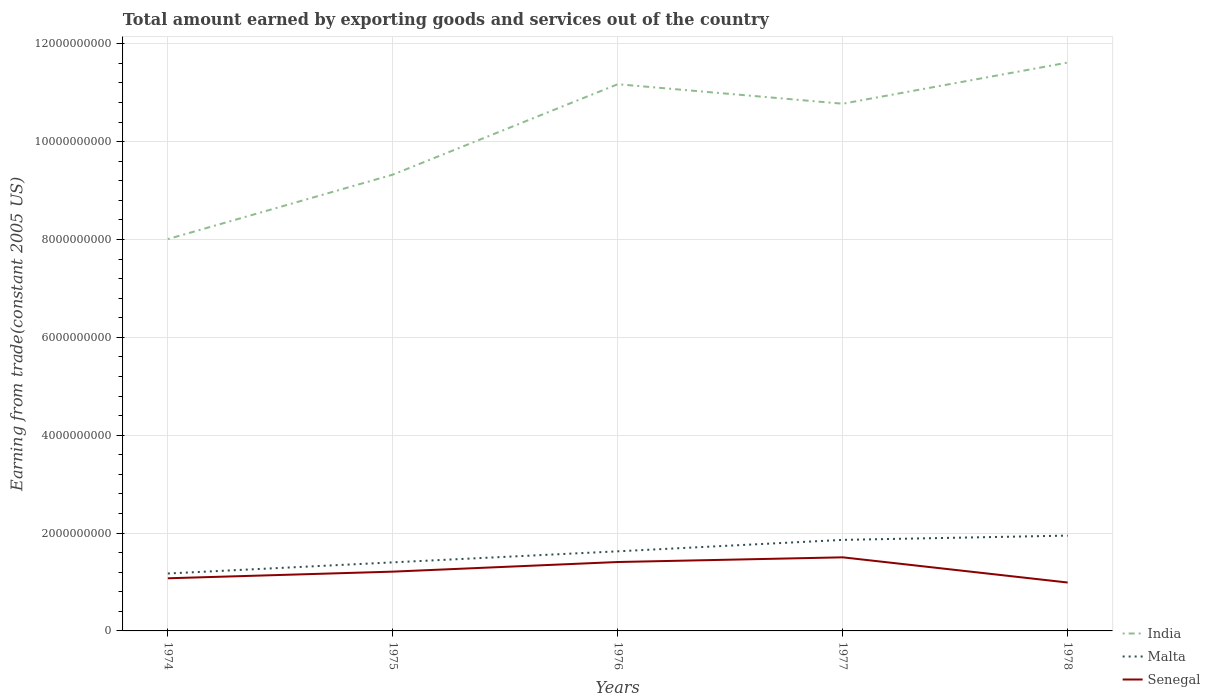
| Years | India | Malta | Senegal |
 | --- | --- | --- | --- |
 | 1974 | 8.01e+09 | 1.17e+09 | 1.08e+09 |
 | 1975 | 9.33e+09 | 1.4e+09 | 1.21e+09 |
 | 1976 | 1.12e+10 | 1.63e+09 | 1.41e+09 |
 | 1977 | 1.08e+10 | 1.86e+09 | 1.5e+09 |
 | 1978 | 1.16e+10 | 1.95e+09 | 9.89e+08 |